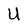
Character: U